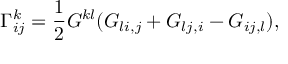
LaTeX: \Gamma _ { i j } ^ { k } = { \frac { 1 } { 2 } } G ^ { k l } ( G _ { l i , j } + G _ { l j , i } - G _ { i j , l } ) ,